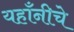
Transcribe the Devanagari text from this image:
यहाँनीचे